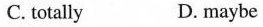
C. totally D.maybe